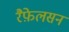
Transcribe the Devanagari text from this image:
रैफ़ेलसन